Indian journal of veterinary science and animal husbandry - Volumes 22-23, 1952-1953
Year: 1952
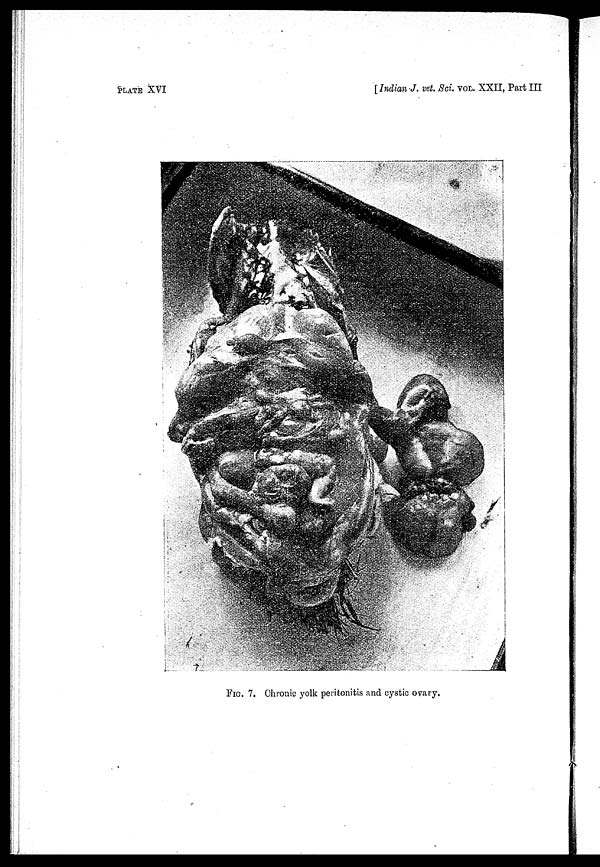
PLATE XVI
[Indian J. vet. Sci. VOL. XXII, Part III
FIG. 7. Chronic yolk peritonitis and cystic ovary.